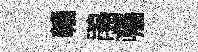
贛鵑囑